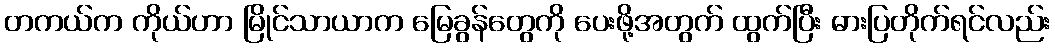
တကယ်က ကိုယ်ဟာ မြိုင်သာယာက မြေခွန်တွေကို ပေးဖို့အတွက် ထွက်ပြီး ဓားပြတိုက်ရင်လည်း